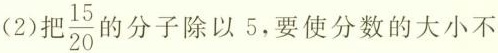
(2)把 $$\frac{15}{20}$$ 的分子除以5，要使分数的大小不